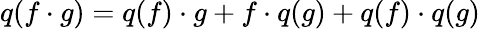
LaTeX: q(f\cdot g)=q(f)\cdot g+f\cdot q(g)+q(f)\cdot q(g)